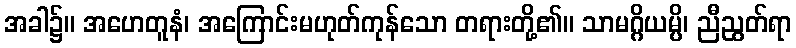
အခါ၌။ အဟေတူနံ၊ အကြောင်းမဟုတ်ကုန်သော တရားတို့၏။ သာမဂ္ဂိယမ္ပိ၊ ညီညွတ်ရာ